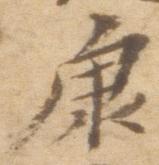
康